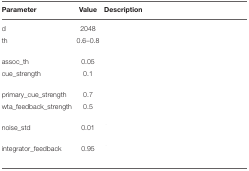
<table><thead><tr><td><b>Parameter</b></td><td><b>Value</b></td><td><b>Description</b></td></tr></thead><tbody><tr><td>d</td><td>2048</td><td>[EMPTY_CELL]</td></tr><tr><td>th</td><td>0.6–0.8</td><td>[EMPTY_CELL]</td></tr><tr><td>assoc_th</td><td>0.05</td><td>[EMPTY_CELL]</td></tr><tr><td>cue_strength</td><td>0.1</td><td>[EMPTY_CELL]</td></tr><tr><td>primary_cue_strength</td><td>0.7</td><td>[EMPTY_CELL]</td></tr><tr><td>wta_feedback_strength</td><td>0.5</td><td>[EMPTY_CELL]</td></tr><tr><td>noise_std</td><td>0.01</td><td>[EMPTY_CELL]</td></tr><tr><td>integrator_feedback</td><td>0.95</td><td>[EMPTY_CELL]</td></tr></tbody></table>